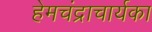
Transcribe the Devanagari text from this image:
हेमचंद्राचार्यका